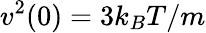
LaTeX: v^{2}(0)=3k_{B}T/m